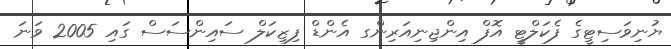
ޔުނިވަސިޓީގެ ފެކަލްޓީ އޮފް އިންޖިނިއަރިންގ އެންޑް ފިޒިކަލް ސައިންސަސް ގައި 2005 ވަނަ